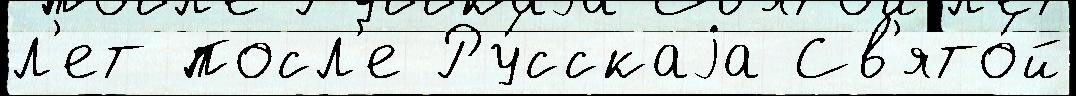
л'ет посл'е Ру́сскаjа Св'ято́й